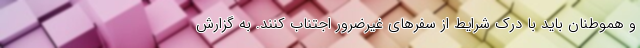
و هموطنان باید با درک شرایط از سفرهای غیرضرور اجتناب کنند. به گزارش